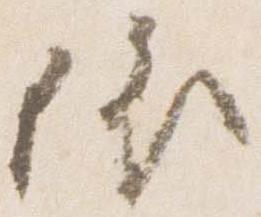
依